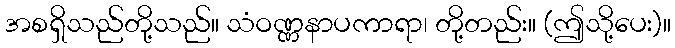
အစရှိသည်တို့သည်။ သံဝဏ္ဏနာပကာရာ၊ တို့တည်း။ (ဤသို့ပေး)။